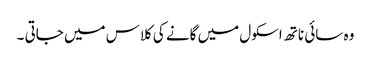
وہ سائی ناتھ اسکول میں گانے کی کلاس میں جاتی ۔